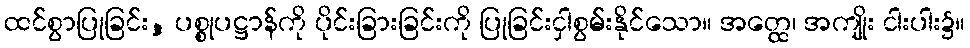
ထင်စွာပြုခြင်း, ပစ္စုပဋ္ဌာန်ကို ပိုင်းခြားခြင်းကို ပြုခြင်းငှါစွမ်းနိုင်သော။ အတ္ထေ၊ အကျိုး ငါးပါး၌။